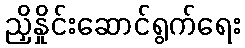
ညှိနှိုင်းဆောင်ရွက်ရေး